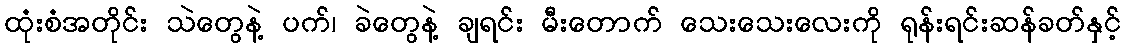
ထုံးစံအတိုင်း သဲတွေနဲ့ ပက်၊ ခဲတွေနဲ့ ချရင်း မီးတောက် သေးသေးလေးကို ရုန်းရင်းဆန်ခတ်နှင့်